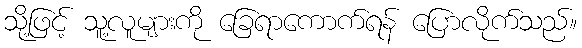
သို့ဖြင့် သူ့လူများကို ခြေရာကောက်ရန် ပြောလိုက်သည်။